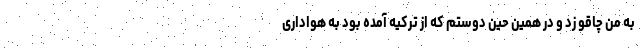
به من چاقو زد و در همین حین دوستم که از ترکیه آمده بود به هواداری